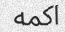
اكمه